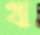
থ